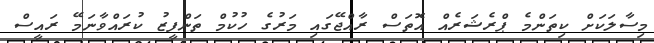
މިސާލަކަށް ކިތަންމެ ޕްރެޝަރެއް އޮތަސް ރާއްޖޭގައި މަރުގެ ހުކުމް ތަންފީޒު ކުރައްވާނަމޭ ރައީސް